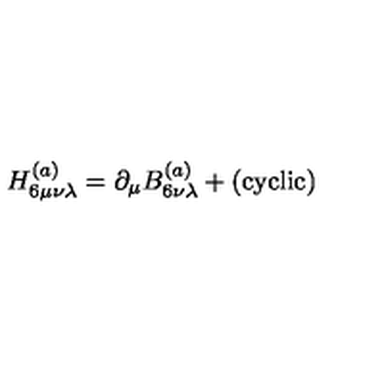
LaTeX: H _ { 6 \mu \nu \lambda } ^ { ( a ) } = \partial _ { \mu } B _ { 6 \nu \lambda } ^ { ( a ) } + ( \mathrm { c y c l i c } )